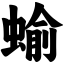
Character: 蝓